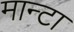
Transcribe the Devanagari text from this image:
मान्टा